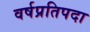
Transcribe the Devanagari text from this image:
वर्षप्रतिपदा